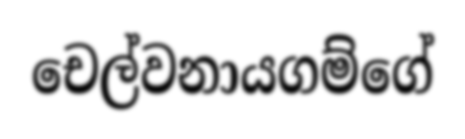
චෙල්වනායගම්ගේ